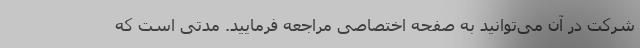
شرکت در آن می‌توانید به صفحه اختصاصی مراجعه فرمایید. مدتی است که